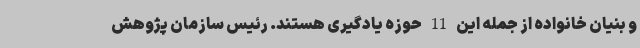
و بنیان خانواده از جمله این 11 حوزه یادگیری هستند. رئیس سازمان پژوهش